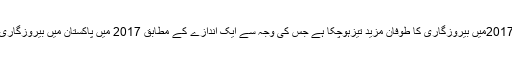
اس رپورٹ میں یہ بھی انکشاف کیاگیاہے کہ2017میں بیروزگاری کا طوفان مزید تیزہوچکا ہے جس کی وجہ سے ایک اندازے کے مطابق 2017 میں پاکستان میں بیروزگاری کی شرح 6.9فیصد تک تجاوز کرسکتی ہے۔